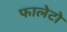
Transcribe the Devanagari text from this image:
फालेटो